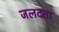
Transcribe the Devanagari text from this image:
जलदता